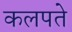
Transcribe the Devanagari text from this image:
कलपते